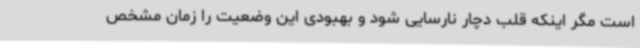
است مگر اینکه قلب دچار نارسایی شود و بهبودی این وضعیت را زمان مشخص